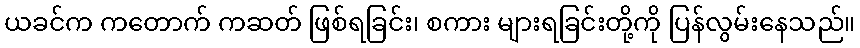
ယခင်က ကတောက် ကဆတ် ဖြစ်ရခြင်း၊ စကား များရခြင်းတို့ကို ပြန်လွမ်းနေသည်။